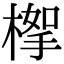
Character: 𣖹